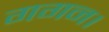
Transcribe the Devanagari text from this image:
गगन।